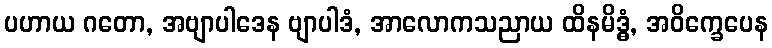
ပဟာယ ဂတော, အဗျာပါဒေန ဗျာပါဒံ, အာလောကသညာယ ထိနမိဒ္ဓံ, အဝိက္ခေပေန